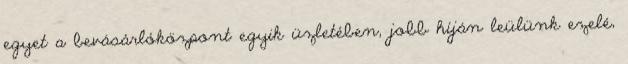
egyet a bevásárlóközpont egyik üzletében, jobb híján leülünk ezelé,